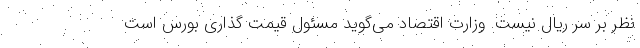
نظر بر سر ریال نیست. وزارت اقتصاد می‌گوید مسئول قیمت گذاری بورس است